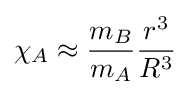
\chi _{A}\approx {\frac {m_{B}}{m_{A}}}{\frac {r^{3}}{R^{3}}}